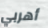
أهربي